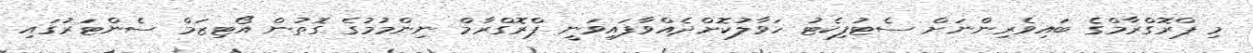
މި ޕްރޮގްރާމްގެ ބައިވެރިންނަށް ސެޓުފިކެޓު ހަވާލުކޮށްދެއްވާފައިވަނީ ޕްރޮގްރާމް ނިންމުމުގެ ގޮތުން އޯޓިޒަމް ސެންޓަރުގައި